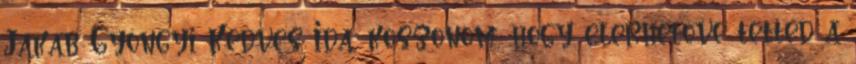
Jakab Gyöngyi Kedves Ida, koszonom, hogy elerhetove tetted a